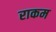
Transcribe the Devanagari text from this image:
राकम